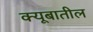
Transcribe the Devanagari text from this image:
क्यूबातील